Trukikaitis_Postimees, lk 30
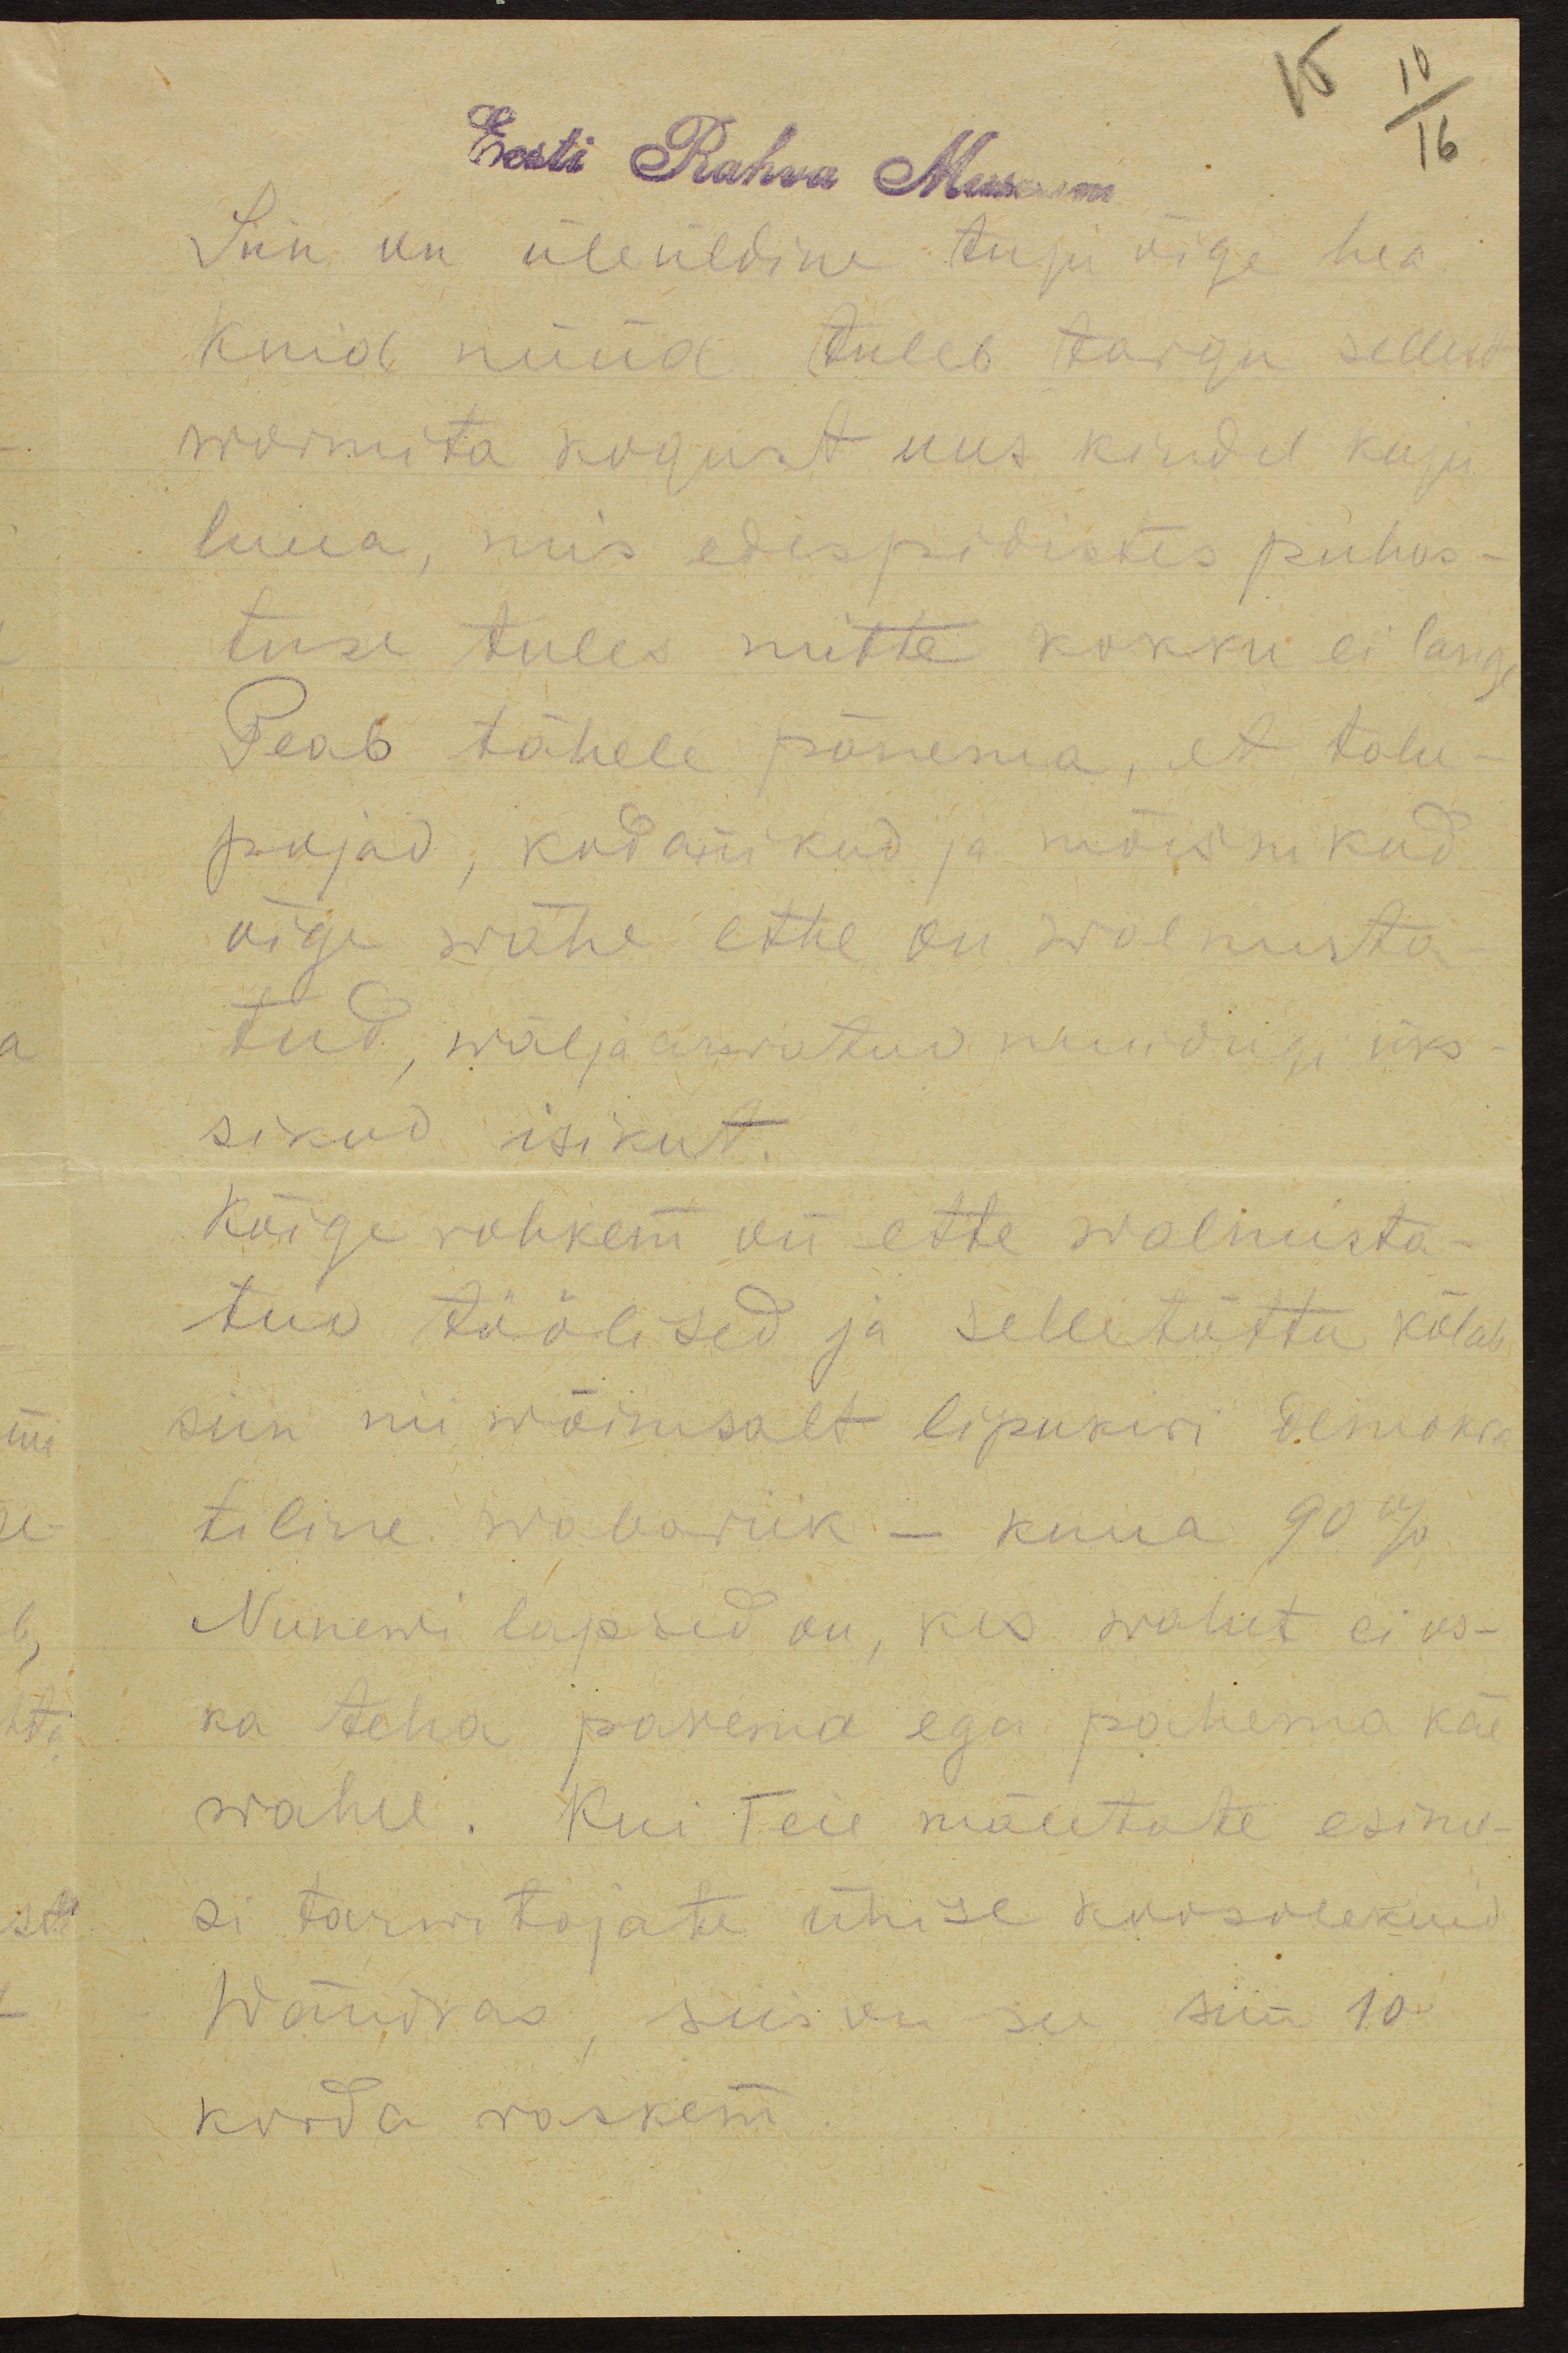
15
10
16

Eesti Rahva Museum
Siin on üleüldine tuju õige hea.
Kuid nüüd tuleb targu sellest
wormita kogust uus kindel kuju
luua, mis edespidistes puhas-
tuse tules mitte kokku ei lange
Peab tähele panema, et talu-
pojad, kodanikud ja mõisnikud
õige wähe ette on walmista-
tud, wälja arwatud muidugi üks-
sikud isikut.
Kõige rohkem on ette walmista-
tud töölised ja selletõttu kõlab
siin nii wõimsalt lipukiri demokra
tiline wabariik - kuna 90 %
Niinewi lapsed on, kes wahet ei os-
ka teha parema ega pahema käe
wahel. Kui Teie mäletate esime-
si tarwitajate ühise koosolekuid
Wändras, siis on see siin 10
korda raskem.